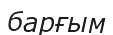
барғым